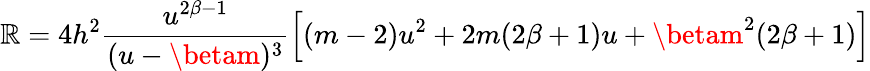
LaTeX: \mathbb{R}=4h^{2}\frac{{u^{2\beta-1}}}{{(u-\betam)^{3}}}\left[(m-2)u^{2}+2m(2\beta+1)u+\betam^{2}(2\beta+1)\right]